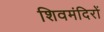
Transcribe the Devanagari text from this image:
शिवमंदिरों